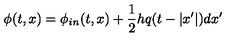
\phi ( t , x ) = \phi _ { i n } ( t , x ) + { \frac { 1 } { 2 } } h q ( t - | x ^ { \prime } | ) d x ^ { \prime }